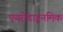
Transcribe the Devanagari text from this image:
एयरोडाइनमिक